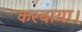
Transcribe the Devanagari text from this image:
करबाया।